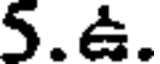
5.ఉ.